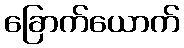
ခြောက်ယောက်